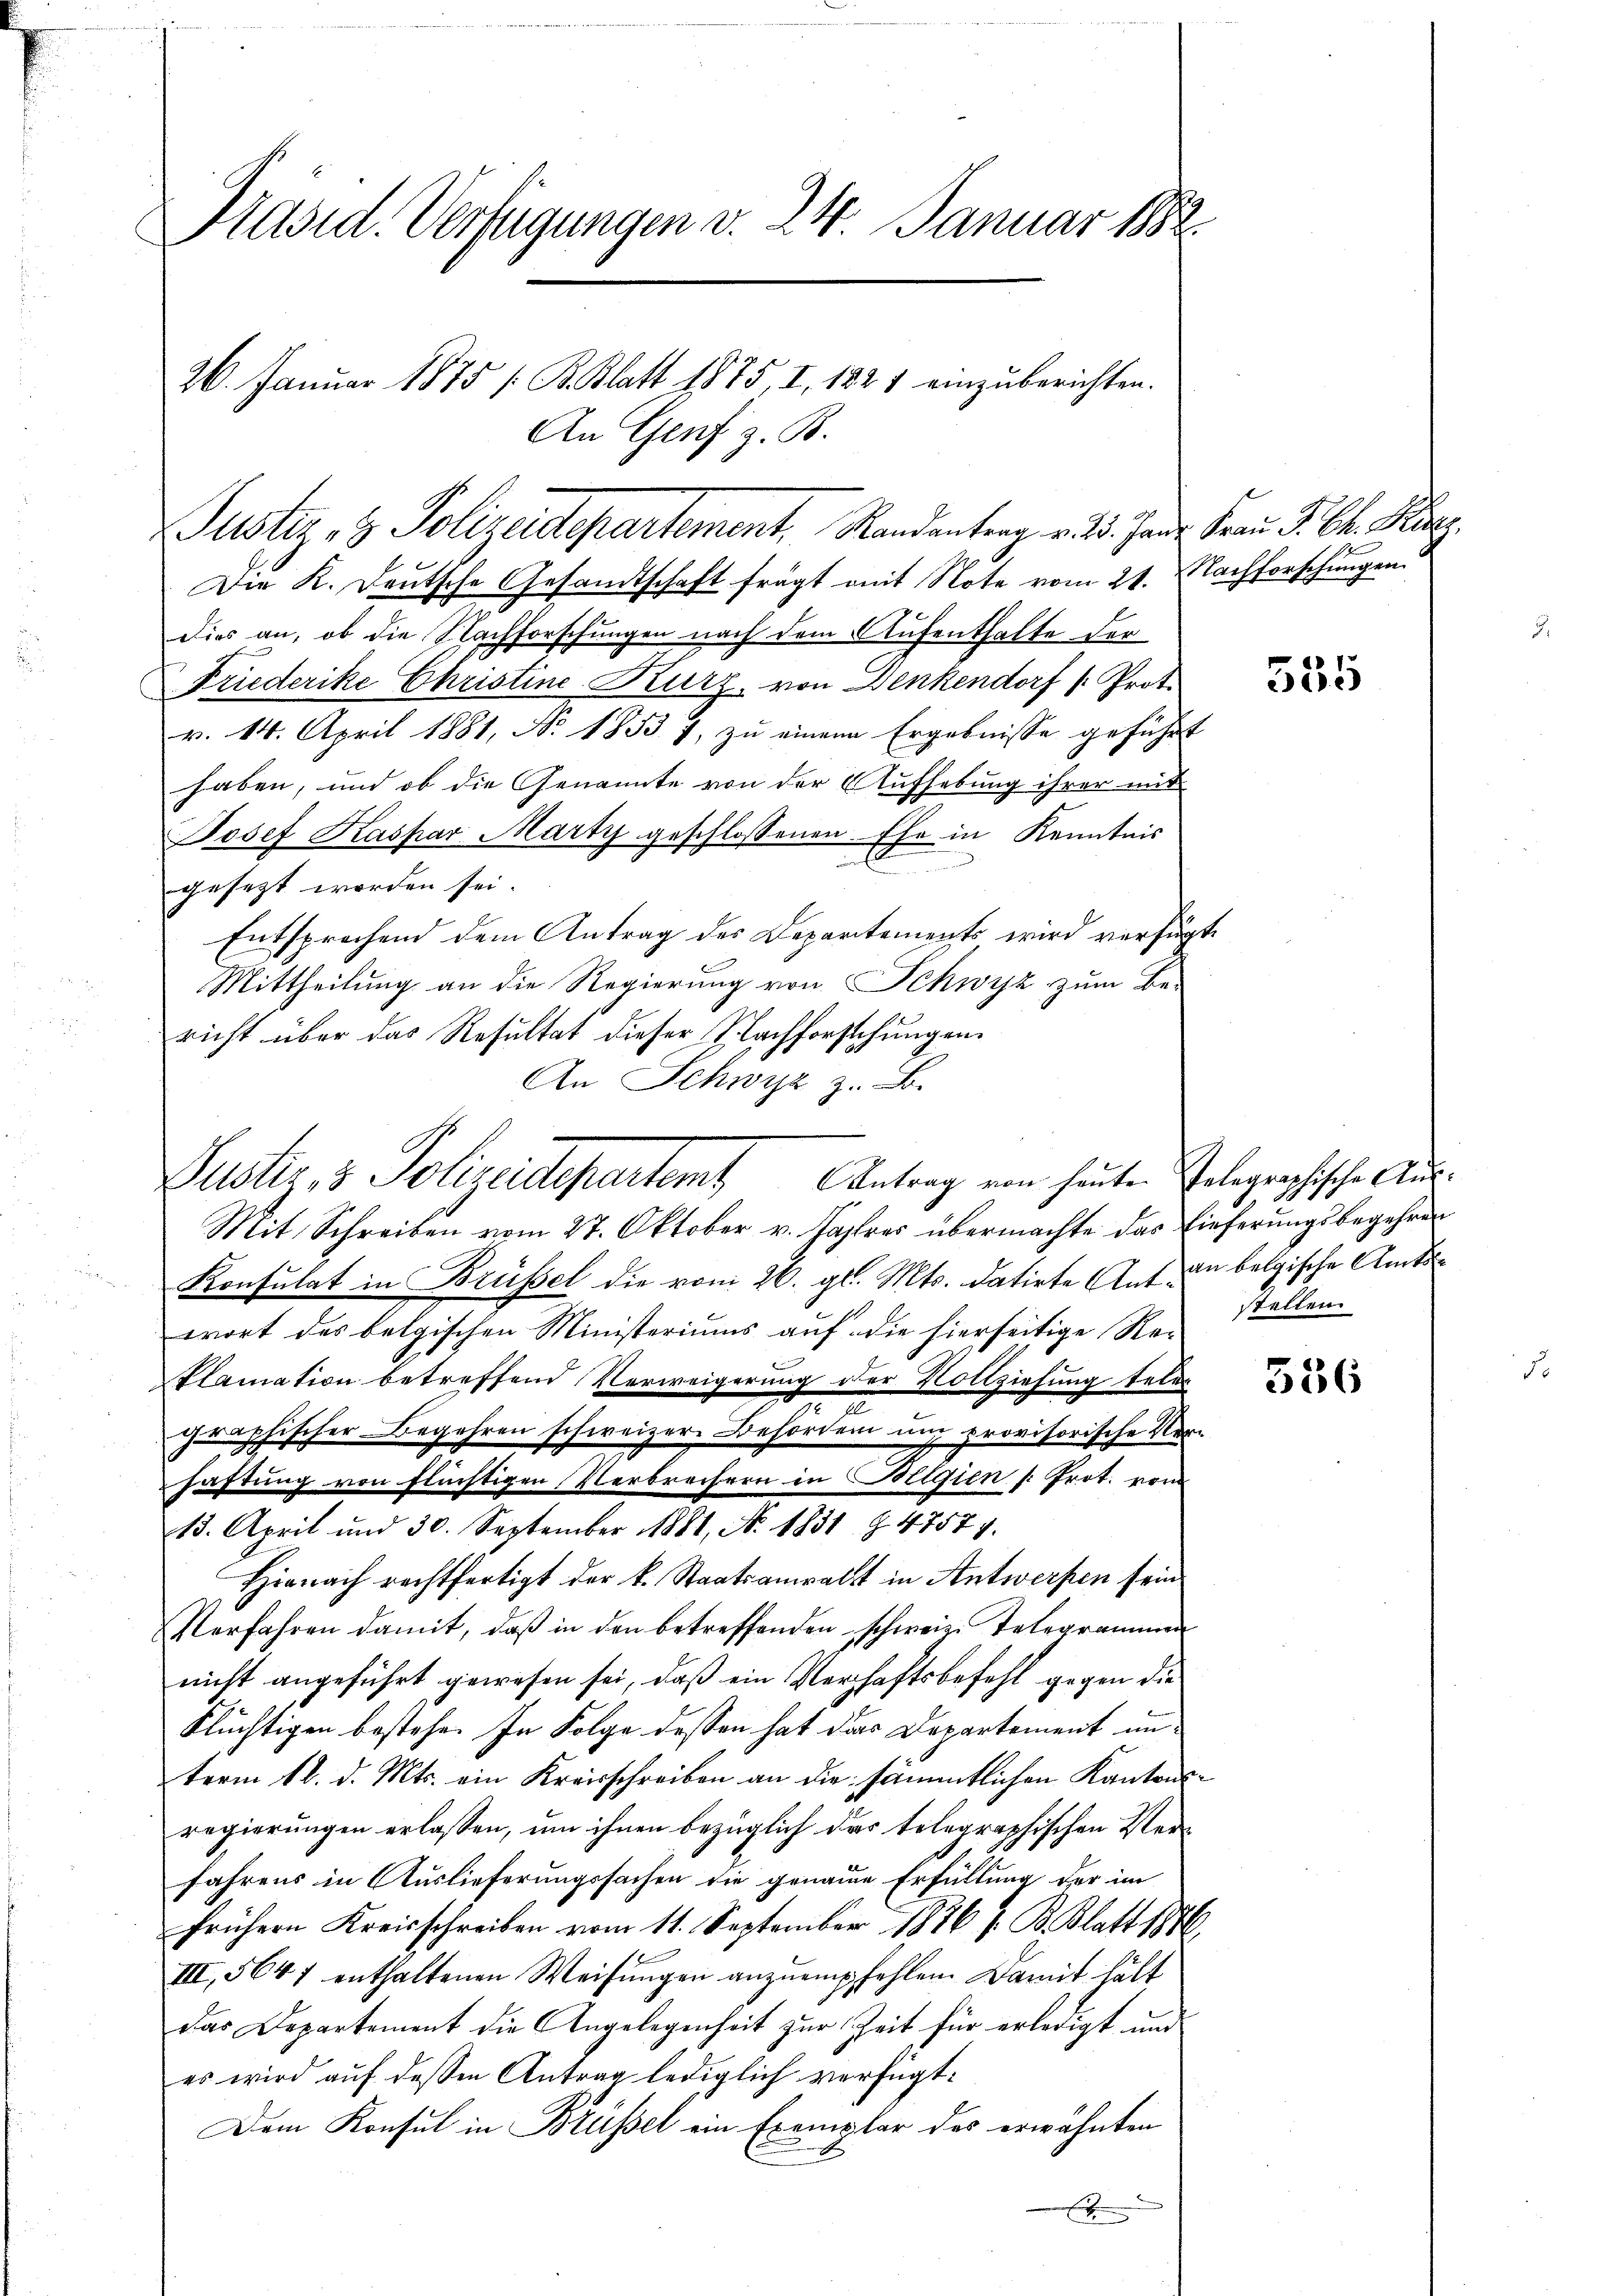
Präsid. Verfügungen v. 24. Januar 1882.

Die K. Deutsche Gesandtschaft frägt mit Note vom 21. Nachforschungen
dies an, ob die Nachforschungen nach dem Aufenthalte der
Friederike Christine Kurz, von Denkendorf (: Prot.
v. 14. April 1881, No 1853 7, zu einen Ergebnisse geführt
haben, und ob die Genannte von der Aufhebung ihrer mit
Josef Kaspar Marty geschlossenen Ehe in Kenntnis
xx
gesezt worden sei.
Entsprochend dem Antrag des Departements wird verfügt
Mittheilung an die Regierung von Schwyz zum Be-
richt über das Resultat dieser Nachforstehungen.
An Schwyz z. B.
Mit Schreiben vom 27. Oktober v. Jahres übermachte das Einferungsbegehren
Konsulat in Brüssel die vom 26. gl. Mts. datirte Auf den belgische Amtswort des belgischen Ministeriums auf die hierseitige Re¬
Plamation betreffend Verweigerung der Vollziehung teler

graphischer Begehren schweizer Behörden und provisorische Verhahrung von flüchtigen Verbrechern in Bollgien /: Prot. von
13. April und 30. September 1881, No. 1831 § 4757.
Hirnach rechtfertigt der k. Staatsanwalt in Antwerfen sein
Verfahren damit, daß in den betreffenden schweiz. Telegrammen
nicht angeführt gewesen sei, daß ein Verhaftsbefehl gegen die
Flüchtigen bestehe. In Folge dessen hat das Departement unterm 16. d. Mts. ein Kreisschreiben an die sämmtlichen Kantonsregierungen erlassen, um ihnen bezüglich das telegraphischen Verfahrens in Auslieferungssachen die genaue Erfüllung der im
frühern Kreisschreiben vom 11. September 1876 J. B. Blatt 1876
III, 564 f enthaltenen Weisŭngen anzŭempfehlen. Damit hätt
das Departement die Angelegenheit zur Zeit für erledigt und
es wird auf dessen Antrag lediglich verfügt:
Dem Konsul in Brüssel ein Exemplar des erwähnten

26. Januar 1875 / B. Blatt 1875, I, 1821 einzuberichten.
An Genf z. B.

Justiz- & Polizeidepartement, Randantrag v. 23. Jan. Frau S. 64. Ma

Justiz & Polizeidepartem Antrag von heuten Polegraphische Aus¬

e

555

stellen.

586